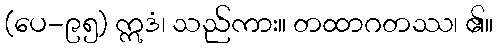
(ပေ-၉၅) ဣဒံ၊ သည်ကား။ တထာဂတဿ၊ ၏။